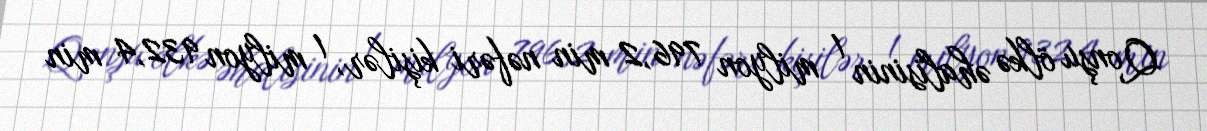
Qonşu ölkə əhalisinin 1 milyon 796,2 min nəfəri kişilər, 1 milyon 932,4 min